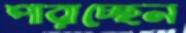
পারাচ্ছেন